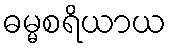
ဓမ္မစရိယာယ